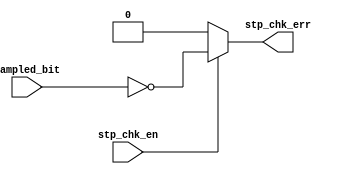
module stp_chk(
				//input wire clk,
				//input wire rst,
				input sampled_bit,
				input stp_chk_en,
				output wire stp_chk_err
				);
assign stp_chk_err = (stp_chk_en) ? (sampled_bit ^ 1'b1) : 1'b0;
// always @(posedge clk or negedge rst) begin
// 	if(!rst)
// 		stp_chk_err <= 1'b0;
// 	else if(stp_chk_en)
// 		stp_chk_err <= sampled_bit ^ 1'b1;
// end
endmodule